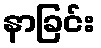
နာခြင်း